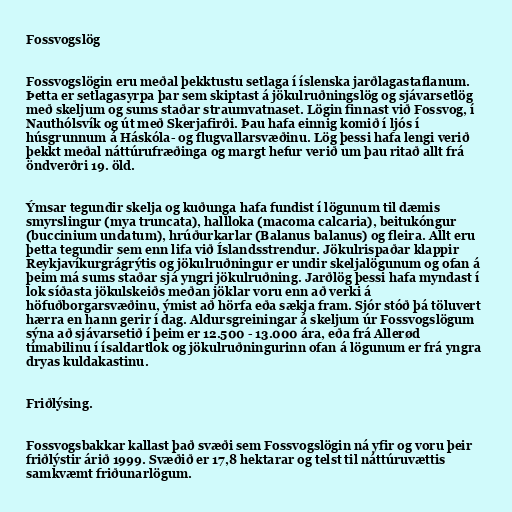
Fossvogslög

Fossvogslögin eru meðal þekktustu setlaga í íslenska jarðlagastaflanum.
Þetta er setlagasyrpa þar sem skiptast á jökulruðningslög og sjávarsetlög
með skeljum og sums staðar straumvatnaset. Lögin finnast við Fossvog, í
Nauthólsvík og út með Skerjafirði. Þau hafa einnig komið í ljós í
húsgrunnum á Háskóla- og flugvallarsvæðinu. Lög þessi hafa lengi verið
þekkt meðal náttúrufræðinga og margt hefur verið um þau ritað allt frá
öndverðri 19. öld.

Ýmsar tegundir skelja og kuðunga hafa fundist í lögunum til dæmis
smyrslingur (mya truncata), hallloka (macoma calcaria), beitukóngur
(buccinium undatum), hrúðurkarlar (Balanus balanus) og fleira. Allt eru
þetta tegundir sem enn lifa við Íslandsstrendur. Jökulrispaðar klappir
Reykjavíkurgrágrýtis og jökulruðningur er undir skeljalögunum og ofan á
þeim má sums staðar sjá yngri jökulruðning. Jarðlög þessi hafa myndast í
lok síðasta jökulskeiðs meðan jöklar voru enn að verki á
höfuðborgarsvæðinu, ýmist að hörfa eða sækja fram. Sjór stóð þá töluvert
hærra en hann gerir í dag. Aldursgreiningar á skeljum úr Fossvogslögum
sýna að sjávarsetið í þeim er 12.500 - 13.000 ára, eða frá Allerød
tímabilinu í ísaldartlok og jökulruðningurinn ofan á lögunum er frá yngra
dryas kuldakastinu.

Friðlýsing.

Fossvogsbakkar kallast það svæði sem Fossvogslögin ná yfir og voru þeir
friðlýstir árið 1999. Svæðið er 17,8 hektarar og telst til náttúruvættis
samkvæmt friðunarlögum.